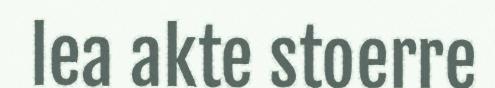
lea akte stoerre